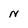
Character: N